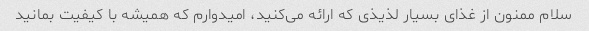
سلام ممنون از غذای بسیار لذیذی که ارائه می‌کنید، امیدوارم که همیشه با کیفیت بمانید